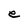
Character: e